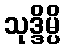
သုဒ္ဒိမ္ပိ